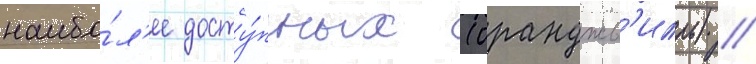
наибо́л'ее досту́пных (оранджв'илль) //